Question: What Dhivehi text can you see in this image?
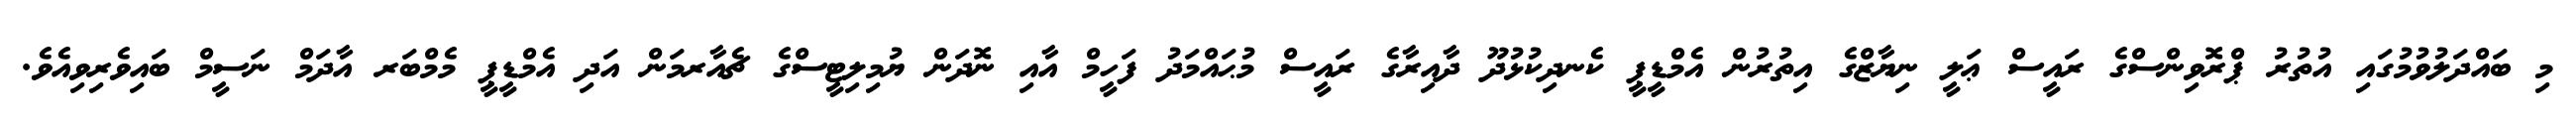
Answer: މި ބައްދަލުވުމުގައި އުތުރު ޕްރޮވިންސްގެ ރައީސް ޢަލީ ނިޔާޒްގެ އިތުރުން އެމްޑީޕީ ކެނދިކުޅުދޫ ދާއިރާގެ ރައީސް މުޙައްމަދު ފަހީމް އާއި ނޮދަން ޔުމިލިޓީސްގެ ޗެއާރމަން އަދި އެމްޑީޕީ މެމްބަރ އާދަމް ނަސީމް ބައިވެރިވިއެވެ.